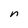
Character: n